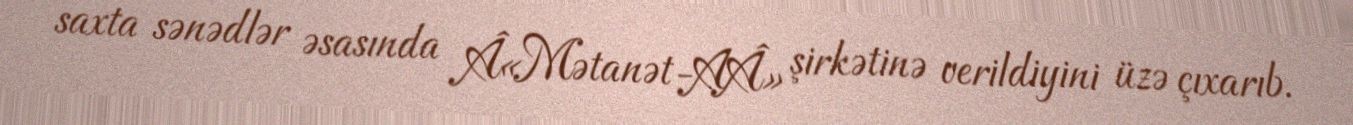
saxta sənədlər əsasında Â«Mətanət-AÂ» şirkətinə verildiyini üzə çıxarıb.